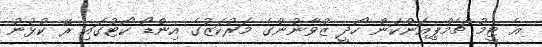
އެ ޓީމު ޗެމްޕިއަންކަން ހޯދީ ޒުވާނުންގެ މަރުކަޒުގެ އިންޑޯ ކޯޓުގައި ރޭ ކުޅުނު